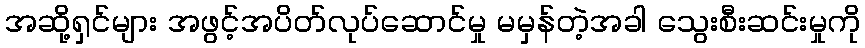
အဆို့ရှင်များ အဖွင့်အပိတ်လုပ်ဆောင်မှု မမှန်တဲ့အခါ သွေးစီးဆင်းမှုကို